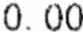
0.00